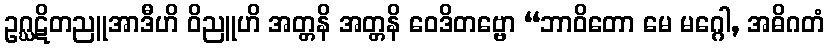
ဥဂ္ဃဋိတညူအာဒီဟိ ဝိညူဟိ အတ္တနိ အတ္တနိ ဝေဒိတဗ္ဗော “ဘာဝိတော မေ မဂ္ဂေါ, အဓိဂတံ